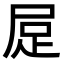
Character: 𧿃